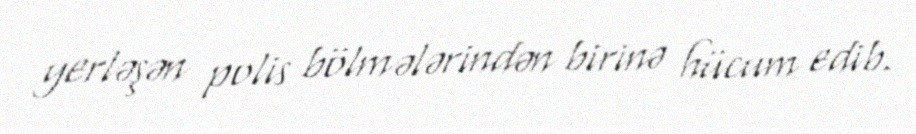
yerləşən polis bölmələrindən birinə hücum edib.